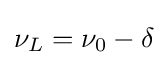
\nu _{L}=\nu _{0}-\delta